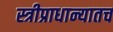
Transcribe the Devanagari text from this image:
स्त्रीप्राधान्यातच